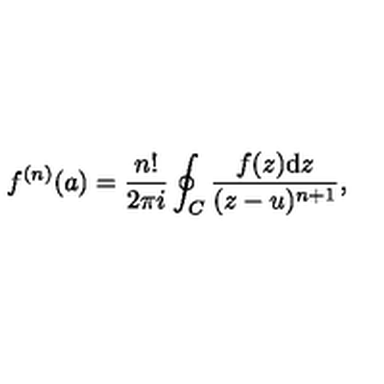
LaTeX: f ^ { ( n ) } ( a ) = \frac { n ! } { 2 \pi i } \oint _ { C } \frac { f ( z ) \mathrm { d } z } { ( z - u ) ^ { n + 1 } } ,